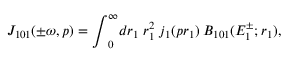
{ \cal J } _ { 1 0 1 } ( \pm \omega , p ) = { \int } _ { 0 } ^ { \infty } d r _ { 1 } \; r _ { 1 } ^ { 2 } \; j _ { 1 } ( p r _ { 1 } ) \; { \cal B } _ { 1 0 1 } ( E _ { 1 } ^ { \pm } ; r _ { 1 } ) ,